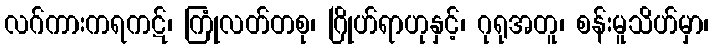
လဂ်ကားကရကဋ်၊ ကြုံလတ်တစု၊ ဂြိုဟ်ရာဟုနှင့်၊ ဂုရုအတူ၊ စန်းမူသိဟ်မှာ၊